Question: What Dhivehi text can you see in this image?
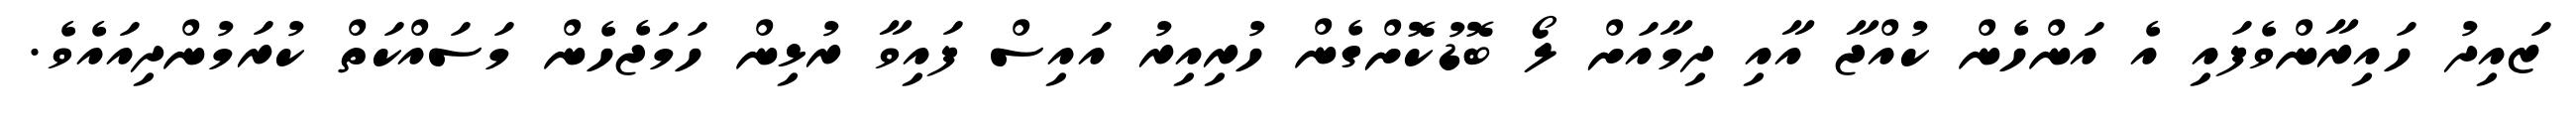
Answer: ޒައިދު ހައިރާންވެފައި އެ އަންހެން ކުއްޖާ އާއި ދިމާއަށް ލޯ ބޮޑުކޮށްގެން ހުރިއިރު އައިސް ފައިވާ ރުޅިން ހަމަޖެހެން މަސައްކަތް ކުރަމުންދިއައެވެ.